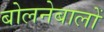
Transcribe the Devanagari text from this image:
बोलनेबालों